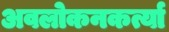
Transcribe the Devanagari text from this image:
अवलोकनकर्त्या